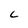
Character: C